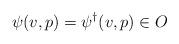
LaTeX: \begin{align*}\psi(v,p) = \psi^\dagger(v,p) \in O\end{align*}